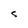
Character: s